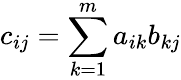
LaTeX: c_{ij}=\sum_{k=1}^{m}a_{ik}b_{kj}